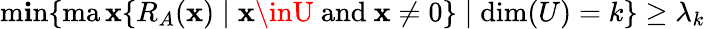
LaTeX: \operatorname*{m\mathbf{i}n}\{ \operatorname*{ma\mathbf{x}}\{ R_{A}(\mathbf{x})\mid\mathbf{x}\inU{\mathrm{{~and~}}}\mathbf{x}\neq0\} \mid\dim(U)=k\} \geq\lambda_{k}